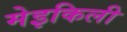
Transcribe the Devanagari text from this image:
मेइकिली